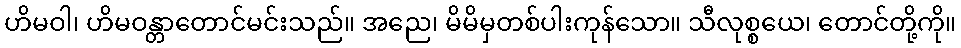
ဟိမဝါ၊ ဟိမဝန္တာတောင်မင်းသည်။ အညေ၊ မိမိမှတစ်ပါးကုန်သော။ သီလုစ္စယေ၊ တောင်တို့ကို။